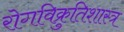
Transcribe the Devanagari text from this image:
रोगविक्रुतिशास्त्र